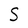
Character: S